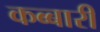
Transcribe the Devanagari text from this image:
कब्बारी